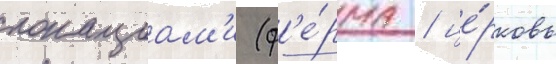
локациам'и (ф'е́рма / це́рковь